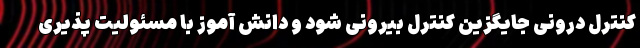
کنترل درونی جایگزین کنترل بیرونی شود و دانش آموز با مسئولیت پذیری